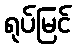
ရုပ်မြင်